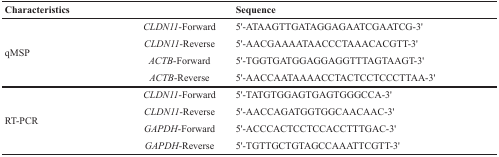
| Characteristics |  | Sequence |
 | --- | --- | --- |
 | <ROWSPAN=4> qMSP | CLDN11-Forward | 5'-ATAAGTTGATAGGAGAATCGAATCG-3' |
 | CLDN11-Reverse | 5'-AACGAAAATAACCCTAAACACGTT-3' |
 | ACTB-Forward | 5'-TGGTGATGGAGGAGGTTTAGTAAGT-3' |
 | ACTB-Reverse | 5'-AACCAATAAAACCTACTCCTCCCTTAA-3' |
 | <ROWSPAN=4> RT-PCR | CLDN11-Forward | 5'-TATGTGGAGTGAGTGGGCCA-3' |
 | CLDN11-Reverse | 5'-AACCAGATGGTGGCAACAAC-3' |
 | GAPDH-Forward | 5'-ACCCACTCCTCCACCTTTGAC-3' |
 | GAPDH-Reverse | 5'-TGTTGCTGTAGCCAAATTCGTT-3' |